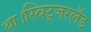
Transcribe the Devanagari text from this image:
था।स्विट्जरलैंड